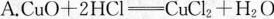
A.CuO+2HCl\xlongequal [ ] { }CuCl_{2}+H_{2}O